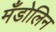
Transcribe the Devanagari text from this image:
मँडोलिन